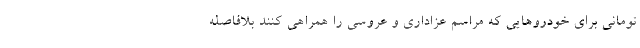
تومانی برای خودروهایی که مراسم عزاداری و عروسی را همراهی کنند بلافاصله